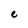
Character: e